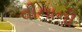
વીનાની